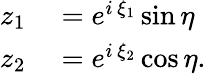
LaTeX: \begin{array}{rl}{z_{1}}&{{}=e^{i\, \xi_{1}}\sin\eta}\\ {z_{2}}&{{}=e^{i\, \xi_{2}}\cos\eta.}\end{array}